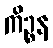
ကိဉ္စန